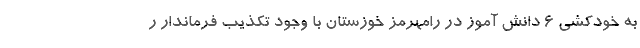
به خودکشی ۶ دانش آموز در رامهرمز خوزستان با وجود تکذیب فرماندار ر